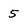
Character: 5